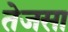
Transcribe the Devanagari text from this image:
तेजसा